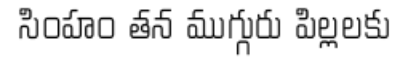
సింహం తన ముగ్గురు పిల్లలకు